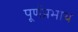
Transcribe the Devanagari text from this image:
पूर्णप्रभाय